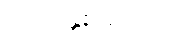
ယခင်နှစ်များက